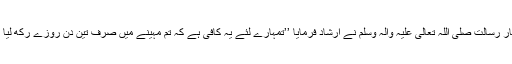
سرکارِ رسالت صَلَّی اللہُ تَعَالٰی عَلَیْہِ وَاٰلِہٖ وَسَلَّمَ نے ارشاد فرمایا ’’تمہارے لئے یہ کافی ہے کہ تم مہینے میں صرف تین دن روزے رکھ لیا کرو۔